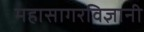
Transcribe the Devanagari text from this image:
महासागरविज्ञानी